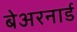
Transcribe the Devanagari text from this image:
बेअरनार्ड